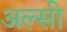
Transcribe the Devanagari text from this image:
अल्‍सी